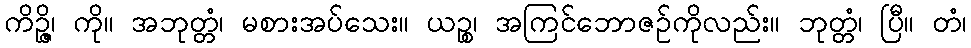
ကိဉ္ဇိ၊ ကို။ အဘုတ္တံ၊ မစားအပ်သေး။ ယဉ္စ၊ အကြင်ဘောဇဉ်ကိုလည်း။ ဘုတ္တံ၊ ပြီ။ တံ၊